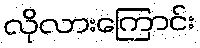
လိုလားကြောင်း